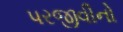
પરજીવીનો